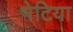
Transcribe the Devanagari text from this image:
भेटिया